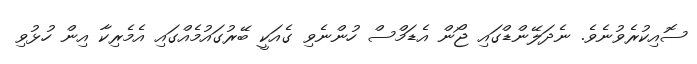
ސޮއިކުރެވުނެވެ. ނެދަލޭންޑްގައި ޖޯން އެޑަމްސް ހުންނެވި ގެއަކީ ބޭރުގައުމެއްގައި އެމެރިކާ އިން ހުޅުވި